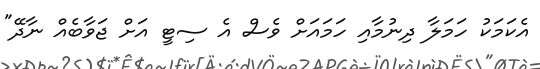
އެކަމަކު ހަމަލާ ދިނުމާއި ހަމައަށް ވެސް އެ ސިޓީ އަށް ޖަވާބެއް ނާދޭ"